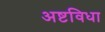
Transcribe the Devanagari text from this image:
अष्टविधा